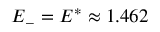
E _ { - } = E ^ { * } \approx 1 . 4 6 2